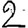
Digit: 2